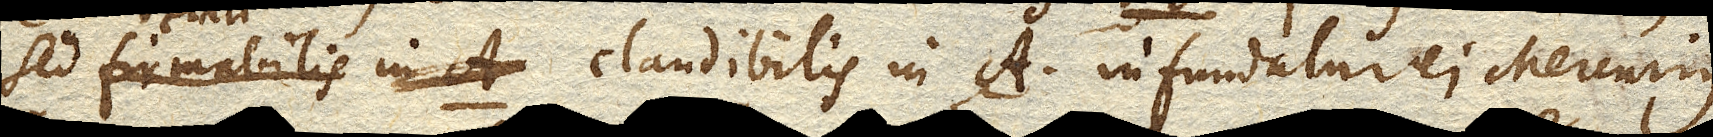
sed firmabilis in A. claudibilis in A. infundatur ei aer Mercurius